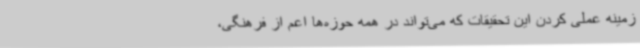
زمینه عملی کردن این تحقیقات که می‌تواند در همه حوزه‌ها اعم از فرهنگی،